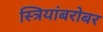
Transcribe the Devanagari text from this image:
स्त्रियांबरोबर